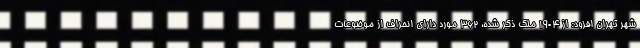
شهر تهران افزود: از ۱۹۰۴ ملک ذکر شده، ۳۶۲ مورد دارای انحراف از موضوعات